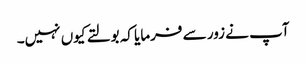
آپ نے زور سے فرمایا کہ بولتے کیوں نہیں۔